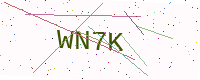
Text: WN7K